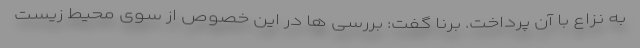
به نزاع با آن پرداخت. برنا گفت: بررسی ها در این خصوص از سوی محیط زیست